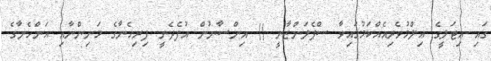
ގައި އިޓަލީގެ ޢިލްމުވެރިއެއްކަމުގައިވާ ސްޕެލަންޒާނީ () އިންސާނުން އުފެދެނީ ފިރިހެނާގެ މަނިންނާއި އަންހެނާގެ